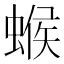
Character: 䗔